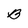
Character: B